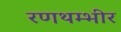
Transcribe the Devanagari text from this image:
रणथम्भीर